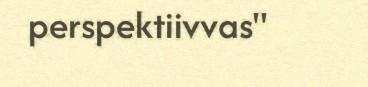
perspektiivvas"